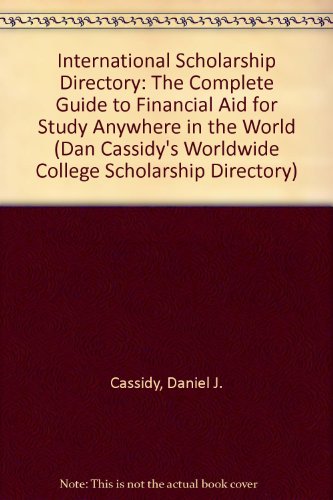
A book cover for International Scholarship Directory: The Complete Guide to Financial Aid for Study Anywhere in the World (Dan Cassidy's Worldwide College Scholarship Directory); Daniel J. Cassidy; Travel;